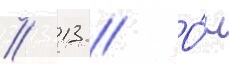
// 13 // О́н